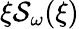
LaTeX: \xi\mathcal{S}_{\omega}(\xi)